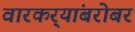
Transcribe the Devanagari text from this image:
वारकर्‍यांबरोबर